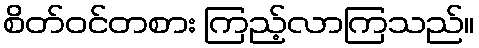
စိတ်ဝင်တစား ကြည့်လာကြသည်။